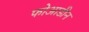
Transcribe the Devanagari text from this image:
फोआडीन